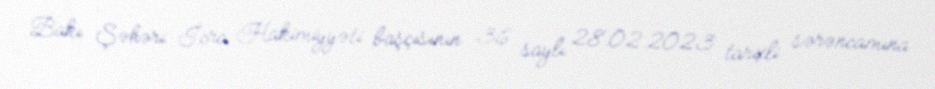
Bakı Şəhəri İcra Hakimiyyəti başçısının 36 saylı 28.02.2023 tarixli sərəncamına